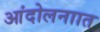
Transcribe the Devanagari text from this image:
आंदोलनाात